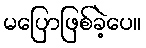
မပြောဖြစ်ခဲ့ပေ။